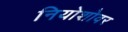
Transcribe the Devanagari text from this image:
नियोशोवर